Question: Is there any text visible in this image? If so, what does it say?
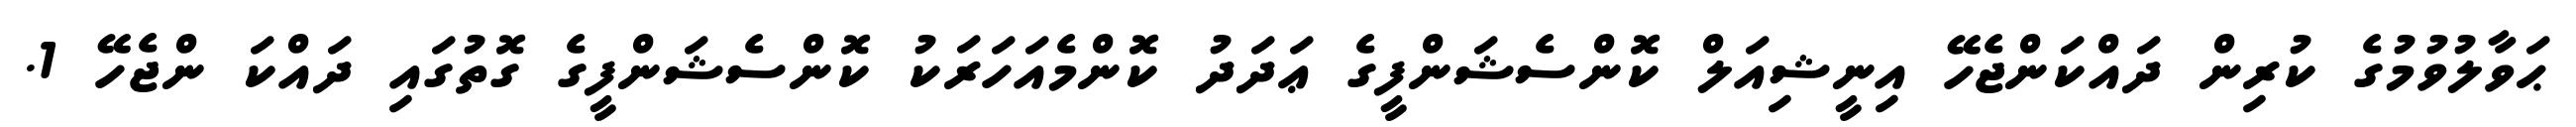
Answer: ޙަވާލުވުމުގެ ކުރިން ދައްކަންޖެހޭ އިނީޝިއަލް ކޮންސެޝަންފީގެ ޢަދަދު ކޮންމެއަހަރަކު ކޮންސެޝަންފީގެ ގޮތުގައި ދައްކަ ންޖެހޭ 1.